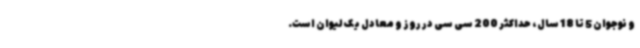
و نوجوان 5 تا 18 سال، حداکثر 200 سی سی در روز و معادل یک لیوان است.